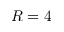
R = 4